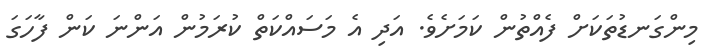
މިންގަނޑުތަކަށް ފެއްތުން ކަމަށެވެ. އަދި އެ މަސައްކަތް ކުރަމުން އަންނަ ކަން ފާހަގަ